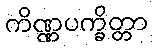
ကိဏ္ဏပက္ခိတ္တာ